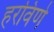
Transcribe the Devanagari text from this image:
हरविणे